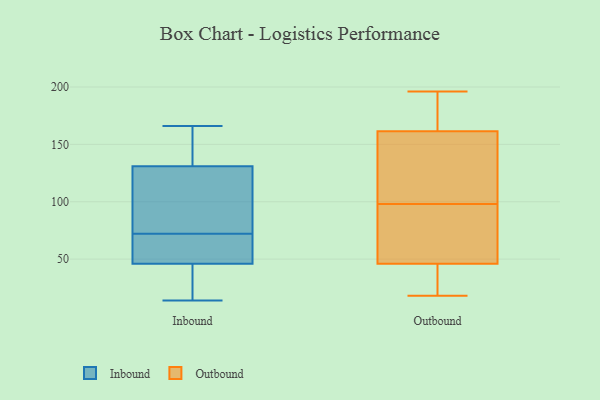
{"axis": {"x": "Waste Production (Tons)", "y": "Value"}, "legend": ["Inbound", "Outbound"], "data": [{"x": "", "y": 27, "type": "Inbound"}, {"x": "", "y": 14, "type": "Inbound"}, {"x": "", "y": 72, "type": "Inbound"}, {"x": "", "y": 156, "type": "Inbound"}, {"x": "", "y": 152, "type": "Inbound"}, {"x": "", "y": 124, "type": "Inbound"}, {"x": "", "y": 81, "type": "Inbound"}, {"x": "", "y": 166, "type": "Inbound"}, {"x": "", "y": 40, "type": "Inbound"}, {"x": "", "y": 49, "type": "Inbound"}, {"x": "", "y": 113, "type": "Inbound"}, {"x": "", "y": 48, "type": "Inbound"}, {"x": "", "y": 67, "type": "Inbound"}, {"x": "", "y": 70, "type": "Outbound"}, {"x": "", "y": 133, "type": "Outbound"}, {"x": "", "y": 76, "type": "Outbound"}, {"x": "", "y": 18, "type": "Outbound"}, {"x": "", "y": 98, "type": "Outbound"}, {"x": "", "y": 49, "type": "Outbound"}, {"x": "", "y": 192, "type": "Outbound"}, {"x": "", "y": 26, "type": "Outbound"}, {"x": "", "y": 175, "type": "Outbound"}, {"x": "", "y": 195, "type": "Outbound"}, {"x": "", "y": 37, "type": "Outbound"}, {"x": "", "y": 34, "type": "Outbound"}, {"x": "", "y": 138, "type": "Outbound"}, {"x": "", "y": 196, "type": "Outbound"}, {"x": "", "y": 90, "type": "Outbound"}, {"x": "", "y": 157, "type": "Outbound"}, {"x": "", "y": 145, "type": "Outbound"}]}